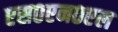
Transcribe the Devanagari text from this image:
एस०एन०एल